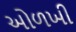
ઓળખી